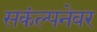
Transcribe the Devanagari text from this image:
सकंल्पनेवर